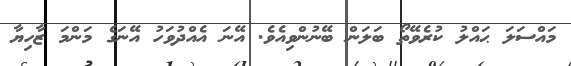
މައްސަލަ ޙައްލު ކުރެވޭތޯ ބަލަން ބޭނުންވިއެވެ. އޭނަ އެއްދުވަހު އޭނަގެ މަންމަ ޒާހިޔާ